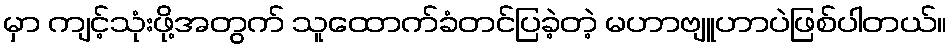
မှာ ကျင့်သုံးဖို့အတွက် သူထောက်ခံတင်ပြခဲ့တဲ့ မဟာဗျူဟာပဲဖြစ်ပါတယ်။